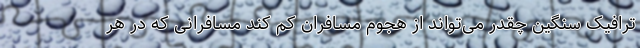
ترافیک سنگین چقدر می‌تواند از هجوم مسافران کم کند مسافرانی که در هر